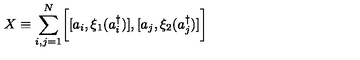
X \equiv \sum _ { i , j = 1 } ^ { N } \biggl [ [ a _ { i } , \xi _ { 1 } ( a _ { i } ^ { \dagger } ) ] , [ a _ { j } , \xi _ { 2 } ( a _ { j } ^ { \dagger } ) ] \biggr ]